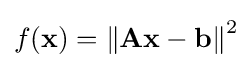
f(\mathbf {x} )=\left\|\mathbf {A} \mathbf {x} -\mathbf {b} \right\|^{2}